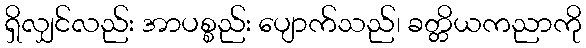
ရှိလျှင်လည်း အာပစ္စည်း ပျောက်သည်၊ ခတ္တိယကညာကို